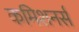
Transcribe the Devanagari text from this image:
कमिशनर्स